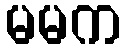
မမက